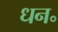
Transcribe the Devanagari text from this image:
धन॰